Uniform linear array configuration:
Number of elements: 16
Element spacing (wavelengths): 0.25
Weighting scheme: exponential
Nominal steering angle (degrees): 15
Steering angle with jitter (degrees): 16.866
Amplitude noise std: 0.05
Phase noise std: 0.05

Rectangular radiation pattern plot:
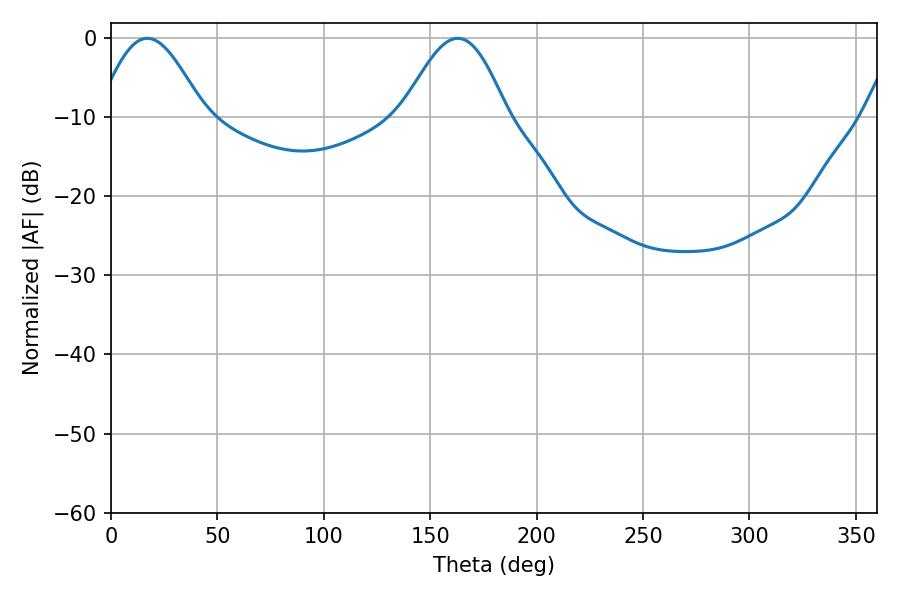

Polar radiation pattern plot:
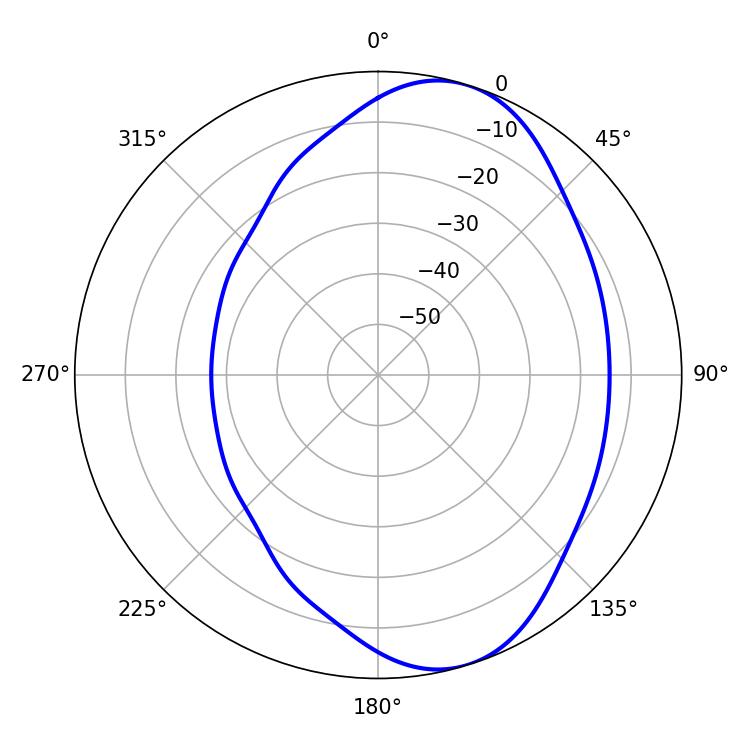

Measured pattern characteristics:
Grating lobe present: FALSE
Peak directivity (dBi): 7.322
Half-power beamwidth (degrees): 26.46
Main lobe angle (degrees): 17.1